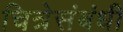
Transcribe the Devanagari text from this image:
चित्रेसंबंधी